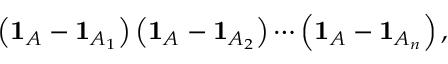
\left( \mathbf { 1 } _ { A } - \mathbf { 1 } _ { A _ { 1 } } \right) \left( \mathbf { 1 } _ { A } - \mathbf { 1 } _ { A _ { 2 } } \right) \cdots \left( \mathbf { 1 } _ { A } - \mathbf { 1 } _ { A _ { n } } \right) ,